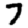
Digit: 7